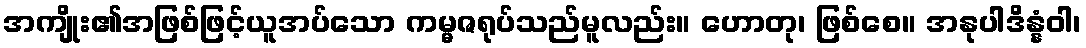
အကျိုး၏အဖြစ်ဖြင့်ယူအပ်သော ကမ္မဇရုပ်သည်မူလည်း။ ဟောတု၊ ဖြစ်စေ။ အနုပါဒိန္နံဝါ၊